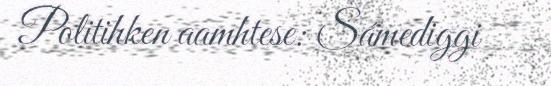
Politihken aamhtese: Sámediggi